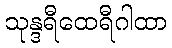
သုန္ဒရီထေရီဂါထာ